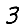
Digit: 3